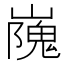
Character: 㠕